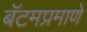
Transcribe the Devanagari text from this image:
बॅटमप्रमाणे